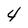
Character: 4